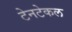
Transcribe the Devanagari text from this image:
टेनटेकल